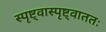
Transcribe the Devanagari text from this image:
स्पृष्ट्वास्पृष्ट्वाततः